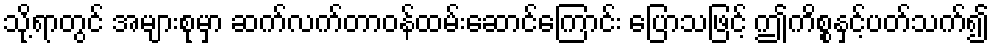
သို့ရာတွင် အများစုမှာ ဆက်လက်တာဝန်ထမ်းဆောင်ကြောင်း ပြောသဖြင့် ဤကိစ္စနှင့်ပတ်သက်၍